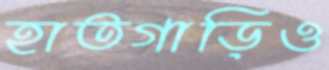
হাতগাড়িও